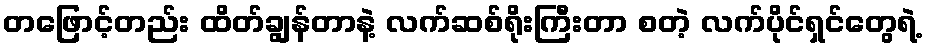
တဖြောင့်တည်း ထိတ်ချွန်တာနဲ့ လက်ဆစ်ရိုးကြီးတာ စတဲ့ လက်ပိုင်ရှင်တွေရဲ့